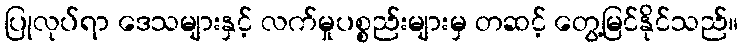
ပြုလုပ်ရာ ဒေသများနှင့် လက်မှုပစ္စည်းများမှ တဆင့် တွေ့မြင်နိုင်သည်။